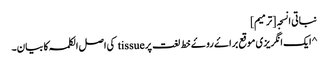
نباتی انسجہ [ترمیم]
^ ایک انگریزی موقع براۓ روۓ خط لغت پر tissue کی اصل الکلمہ کا بیان۔